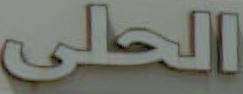
الحلى